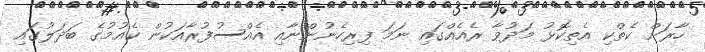
ހާރަށް ކެތްކި އެތިކޮޅު މަދުވާ ރެއެއްގައި ނަމަ ފިރިހެނުންނާއި އެއްސުފުރާއަކުން ކެއުމުގެ ބަދަލުގައި